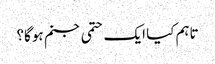
تاہم کیا ایک حتمی جنم ہوگا؟